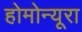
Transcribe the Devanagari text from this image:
होमोन्यूरा